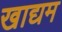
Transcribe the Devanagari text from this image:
खाद्यम